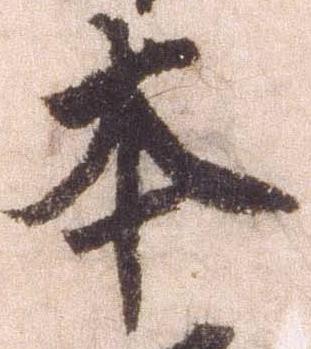
本